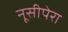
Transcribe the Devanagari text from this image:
नूसीपेरा